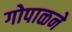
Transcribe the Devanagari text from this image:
गोपाळने